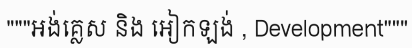
"""អង់គ្លេស និង អៀកឡង់ , Development"""